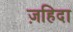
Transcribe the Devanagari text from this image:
ज़हिदा